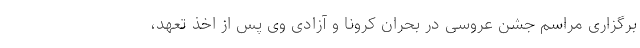
برگزاری مراسم جشن عروسی در بحران کرونا و آزادی وی پس از اخذ تعهد،